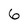
Character: 6